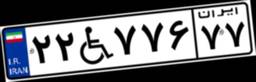
۲۲W۷۷۶۷۷